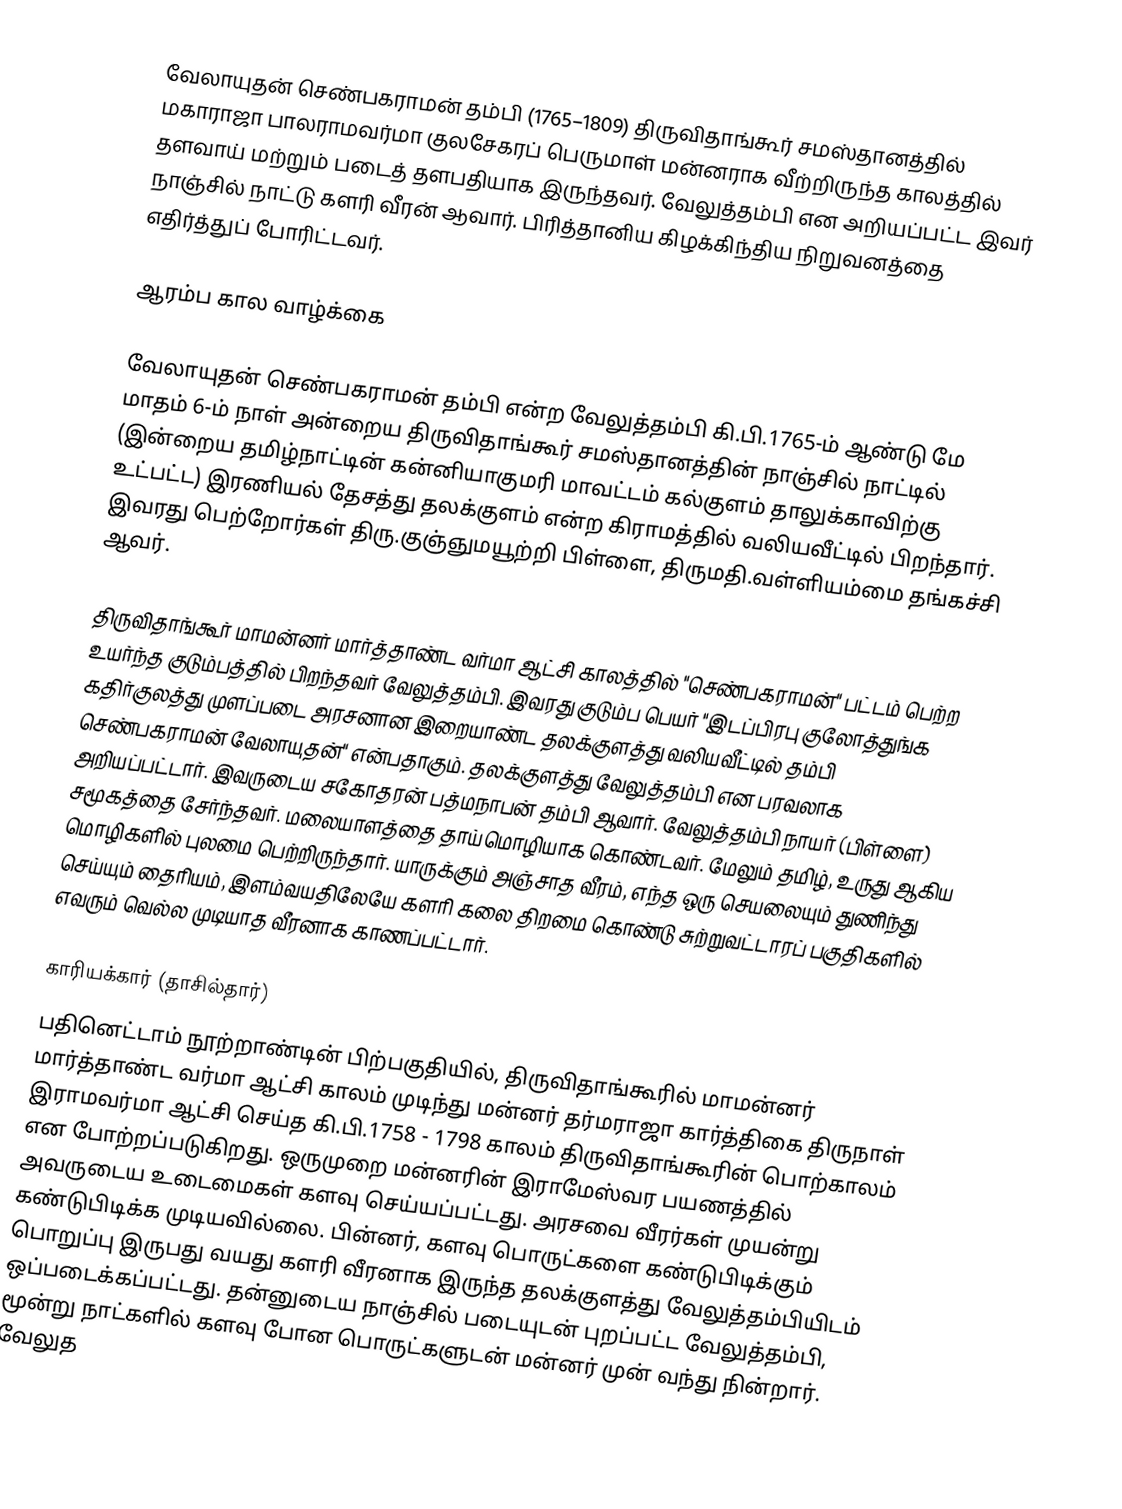
வேலாயுதன் செண்பகராமன் தம்பி (1765–1809) திருவிதாங்கூர் சமஸ்தானத்தில் மகாராஜா பாலராமவர்மா குலசேகரப் பெருமாள் மன்னராக வீற்றிருந்த காலத்தில் தளவாய் மற்றும் படைத் தளபதியாக இருந்தவர். வேலுத்தம்பி என அறியப்பட்ட இவர் நாஞ்சில் நாட்டு களரி வீரன் ஆவார். பிரித்தானிய கிழக்கிந்திய நிறுவனத்தை எதிர்த்துப் போரிட்டவர்.

ஆரம்ப கால வாழ்க்கை

வேலாயுதன் செண்பகராமன் தம்பி என்ற வேலுத்தம்பி கி.பி.1765-ம் ஆண்டு மே மாதம் 6-ம் நாள் அன்றைய திருவிதாங்கூர் சமஸ்தானத்தின் நாஞ்சில் நாட்டில் (இன்றைய தமிழ்நாட்டின் கன்னியாகுமரி மாவட்டம் கல்குளம் தாலுக்காவிற்கு உட்பட்ட) இரணியல் தேசத்து தலக்குளம் என்ற கிராமத்தில் வலியவீட்டில் பிறந்தார். இவரது பெற்றோர்கள் திரு.குஞ்ஞுமயூற்றி பிள்ளை, திருமதி.வள்ளியம்மை தங்கச்சி ஆவர்.

திருவிதாங்கூர் மாமன்னர் மார்த்தாண்ட வர்மா ஆட்சி காலத்தில் "செண்பகராமன்" பட்டம் பெற்ற உயர்ந்த குடும்பத்தில் பிறந்தவர் வேலுத்தம்பி. இவரது குடும்ப பெயர் "இடப்பிரபு குலோத்துங்க கதிர்குலத்து முளப்படை அரசனான இறையாண்ட தலக்குளத்து வலியவீட்டில் தம்பி செண்பகராமன் வேலாயுதன்" என்பதாகும். தலக்குளத்து வேலுத்தம்பி என பரவலாக அறியப்பட்டார். இவருடைய சகோதரன் பத்மநாபன் தம்பி ஆவார். வேலுத்தம்பி நாயர் (பிள்ளை) சமூகத்தை சேர்ந்தவர். மலையாளத்தை தாய்மொழியாக கொண்டவர். மேலும் தமிழ், உருது ஆகிய மொழிகளில் புலமை பெற்றிருந்தார். யாருக்கும் அஞ்சாத வீரம், எந்த ஒரு செயலையும் துணிந்து செய்யும் தைரியம், இளம்வயதிலேயே களரி கலை திறமை கொண்டு சுற்றுவட்டாரப் பகுதிகளில் எவரும் வெல்ல முடியாத வீரனாக காணப்பட்டார்.

காரியக்கார் (தாசில்தார்)
பதினெட்டாம் நூற்றாண்டின் பிற்பகுதியில், திருவிதாங்கூரில் மாமன்னர் மார்த்தாண்ட வர்மா ஆட்சி காலம் முடிந்து மன்னர் தர்மராஜா கார்த்திகை திருநாள் இராமவர்மா ஆட்சி செய்த கி.பி.1758 - 1798 காலம் திருவிதாங்கூரின் பொற்காலம் என போற்றப்படுகிறது. ஒருமுறை மன்னரின் இராமேஸ்வர பயணத்தில் அவருடைய உடைமைகள் களவு செய்யப்பட்டது. அரசவை வீரர்கள் முயன்று கண்டுபிடிக்க முடியவில்லை. பின்னர், களவு பொருட்களை கண்டுபிடிக்கும் பொறுப்பு  இருபது வயது களரி வீரனாக இருந்த தலக்குளத்து வேலுத்தம்பியிடம் ஒப்படைக்கப்பட்டது. தன்னுடைய நாஞ்சில் படையுடன் புறப்பட்ட வேலுத்தம்பி, மூன்று நாட்களில் களவு போன பொருட்களுடன் மன்னர் முன் வந்து நின்றார். வேலுத